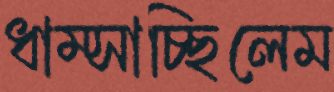
ধাম্‌সাচ্ছিলেম